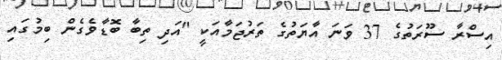
އިސްރާ ސޫރަތުގެ 37 ވަނަ އާޔަތުގެ ތަރުޖަމާއަކީ "އަދި ތިބާ ބޮޑާވެގެން ބިމުގައި